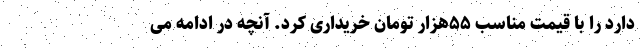
دارد را با قیمت مناسب ۵۵هزار تومان خریداری کرد. آنچه در ادامه می‌